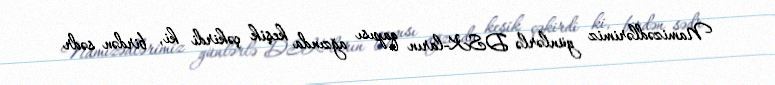
Namizədlərimiz günlərlə DSK-ların qapısı ağzında keşik çəkirdi ki, birdən sədr